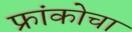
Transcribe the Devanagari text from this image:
फ्रांकोचा